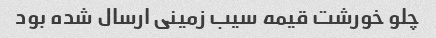
چلو خورشت قیمه سیب زمینی ارسال شده بود